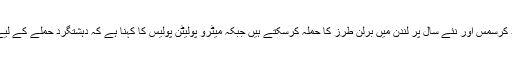
دوسری جانب لندن پولیس نے خبردار کیا ہے کہ دہشتگرد کرسمس اور نئے سال پر لندن میں برلن طرز کا حملہ کرسکتے ہیں جبکہ میٹرو پولیٹن پولیس کا کہنا ہے کہ دہشتگرد حملے کے لیے بڑی گاڑی سمیت مختلف حربے استعمال کرسکتے ہیں۔